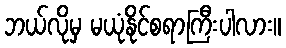
ဘယ်လိုမှ မယုံနိုင်စရာကြီးပါလား။